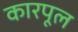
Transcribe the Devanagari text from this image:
कारपूल